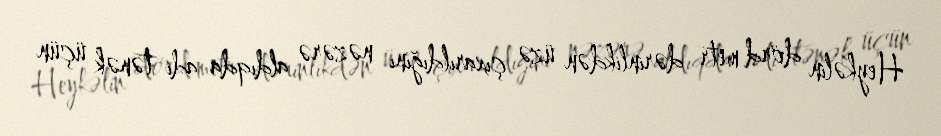
Heykəlin dörd metr dərinlikdən üzə çıxarıldığını nəzərə aldıqda adi tənək üçün